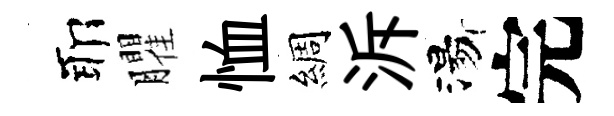
耶臞恤綢泝湯完